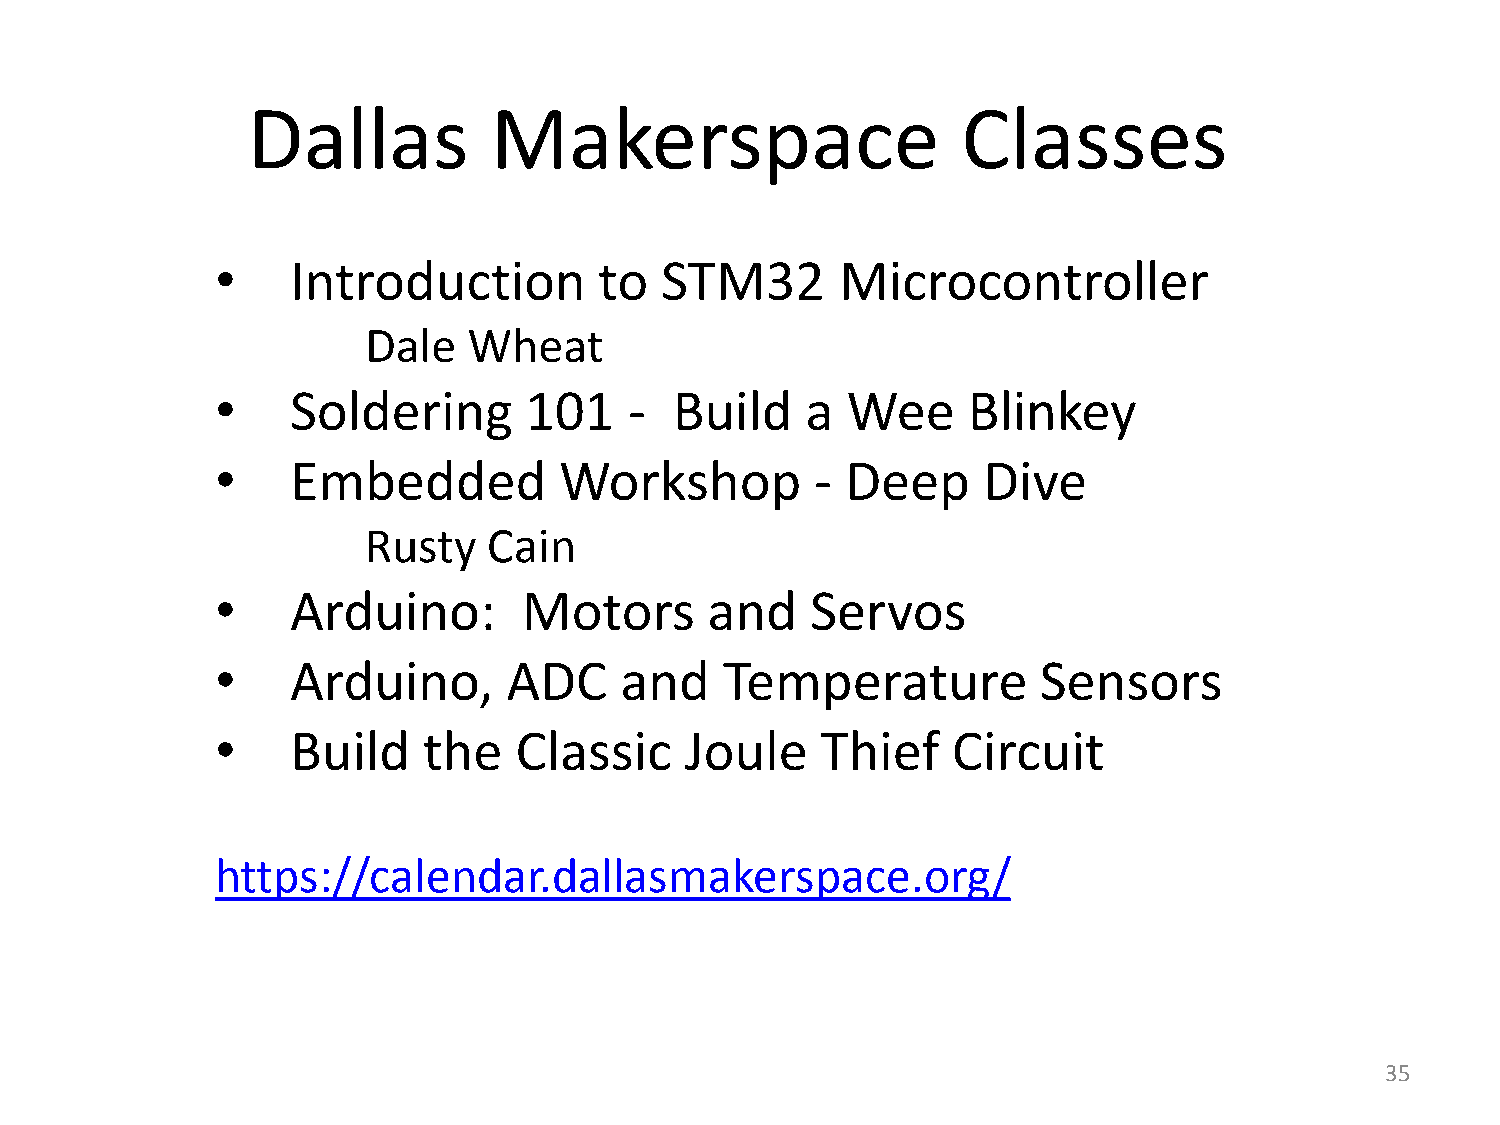
Dallas          Makerspace                      Classes
 •    Introduction         to  STM32       Microcontroller
 Dale   Wheat
 •    Soldering       101    -  Build   a  Wee     Blinkey
 •    Embedded          Workshop         - Deep     Dive
 Rusty   Cain
 •    Arduino:        Motors      and    Servos
 •    Arduino,       ADC    and    Temperature          Sensors
 •    Build    the   Classic    Joule    Thief    Circuit
 https://calendar.dallasmakerspace.org/
 35